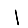
Digit: 1